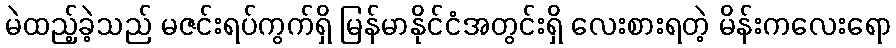
မဲထည့်ခဲ့သည် မဇင်းရပ်ကွက်ရှိ မြန်မာနိုင်ငံအတွင်းရှိ လေးစားရတဲ့ မိန်းကလေးရော